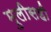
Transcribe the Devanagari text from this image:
मुलीसही